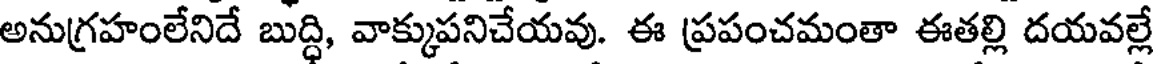
అనుగ్రహంలేనిదే బుద్ధి, వాక్కుపనిచేయవు. ఈ ప్రపంచమంతా ఈతల్లి దయవల్లే